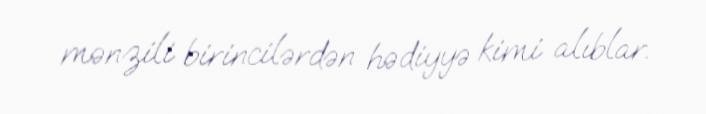
mənzili birincilərdən hədiyyə kimi alıblar.